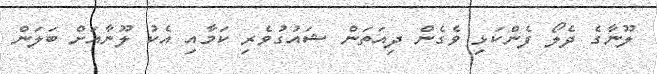
ލޫނާގެ ދެލޯ ފެންކަޅި ވެގެން ދިއަތަން ޝައުގުވެރި ކަމާއި އެކު ލޫނާއަށް ބަލަން